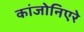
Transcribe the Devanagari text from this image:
कांजोनिएरे